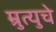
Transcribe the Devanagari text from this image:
म्रुत्युचे